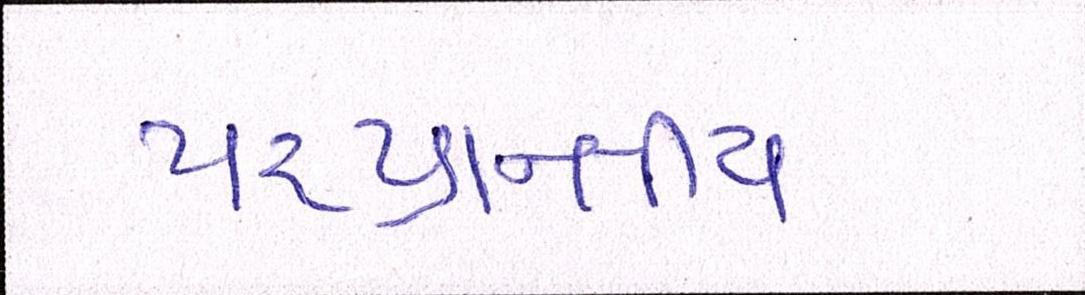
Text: પ૨પ્રાન્તીય